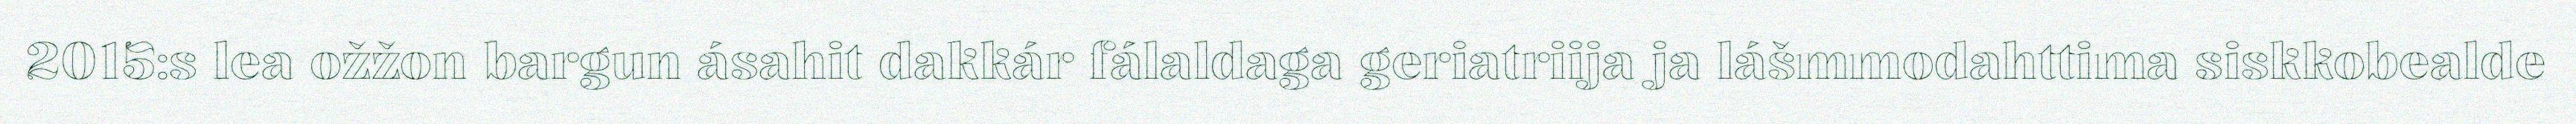
2015:s lea ožžon bargun ásahit dakkár fálaldaga geriatriija ja lášmmodahttima siskkobealde